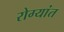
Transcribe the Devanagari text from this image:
रोग्यांत